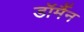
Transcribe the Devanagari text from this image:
डॉर्मैन